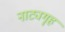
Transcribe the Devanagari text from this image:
नाट्यगॄह